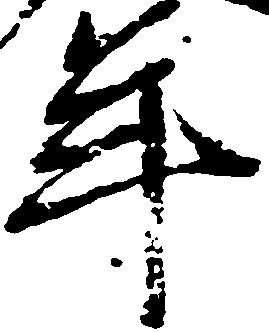
年